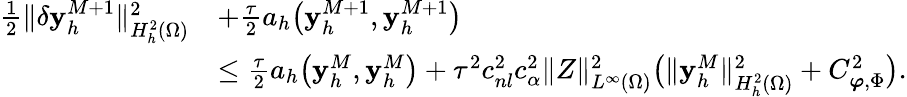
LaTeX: \begin{array}{rl}{\frac 12\| \delta\mathbf{y}_{h}^{M+1}\| _{H_{h}^{2}(\Omega)}^{2}}&{+\frac{\tau}{2}a_{h}\big(\mathbf{y}_{h}^{M+1},\mathbf{y}_{h}^{M+1}\big)}\\ &{\leq\frac{\tau}{2}a_{h}\big(\mathbf{y}_{h}^{M},\mathbf{y}_{h}^{M}\big)+\tau^{2}c_{nl}^{2}c_{\alpha}^{2}\| Z\| _{L^{\infty}(\Omega)}^{2}\big(\| \mathbf{y}_{h}^{M}\| _{H_{h}^{2}(\Omega)}^{2}+C_{\boldsymbol{\varphi},\Phi}^{2}\big).}\end{array}